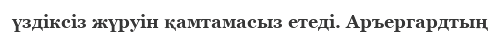
үздіксіз жүруін қамтамасыз етеді. Аръергардтың